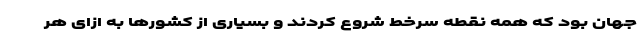
جهان بود که همه نقطه سرخط شروع کردند و بسیاری از کشورها به ازای هر